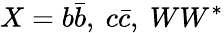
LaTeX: X=b\bar{b},\ c\bar{c},\ WW^{*}